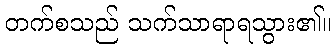
တက်စသည် သက်သာရာရသွား၏။